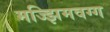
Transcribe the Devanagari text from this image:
मज्झिमवग्ग